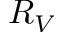
R _ { V }